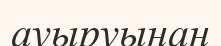
ауыруынан